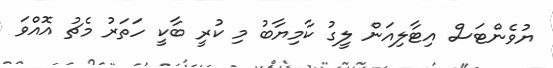
ޔުވެންޓަސް އިޓާލިއަން ލީގު ކާމިޔާބު މި ކުރީ ބާކީ ހަތަރު މެޗު އޮއްވަ